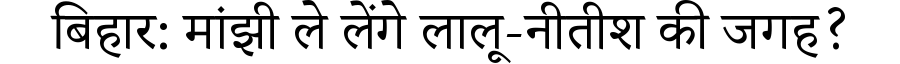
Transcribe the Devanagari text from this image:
बिहार: मांझी ले लेंगे लालू-नीतीश की जगह?